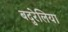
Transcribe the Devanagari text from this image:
बदुरेलिया